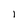
Character: l